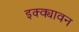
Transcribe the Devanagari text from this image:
इक्क्यावन